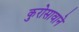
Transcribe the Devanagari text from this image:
कुरोसावाने